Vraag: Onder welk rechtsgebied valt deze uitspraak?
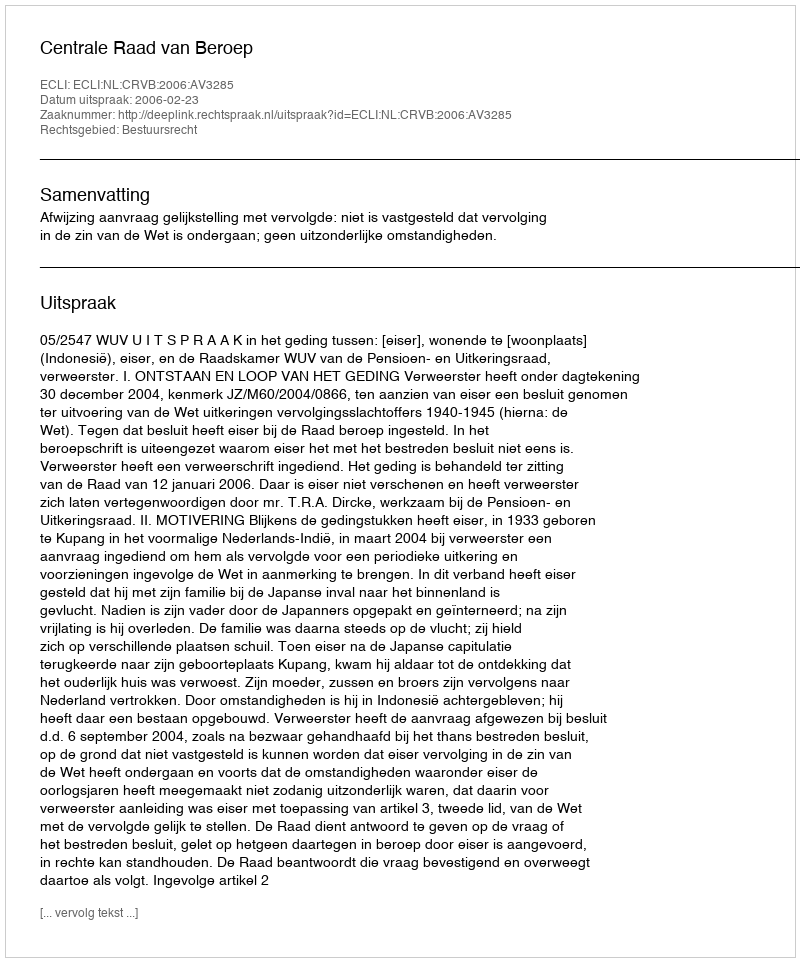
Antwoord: Bestuursrecht